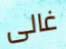
غالى